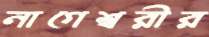
নাগেশ্বরীর